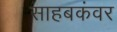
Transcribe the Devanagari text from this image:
साहबकंवर